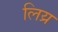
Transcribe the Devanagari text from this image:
लिय्र